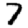
Digit: 7